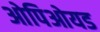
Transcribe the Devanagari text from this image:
ओपिओयड